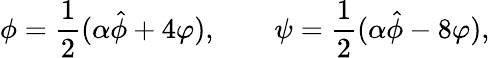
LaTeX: \phi=\frac 12(\alpha\hat{\phi}+4\varphi),\qquad\psi=\frac 12(\alpha\hat{\phi}-8\varphi),